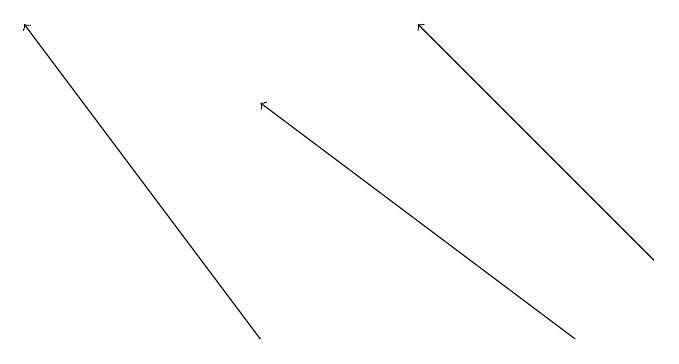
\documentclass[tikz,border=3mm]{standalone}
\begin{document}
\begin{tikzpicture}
\draw[->] (9,16) -- (6,19);
\draw[->] (8,15) -- (4,18);
\draw[->] (4,15) -- (1,19);
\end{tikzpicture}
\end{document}